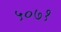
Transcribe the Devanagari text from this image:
५०७१